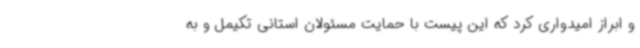
و ابراز امیدواری کرد که این پیست با حمایت مسئولان استانی تکیمل و به